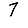
Digit: 7